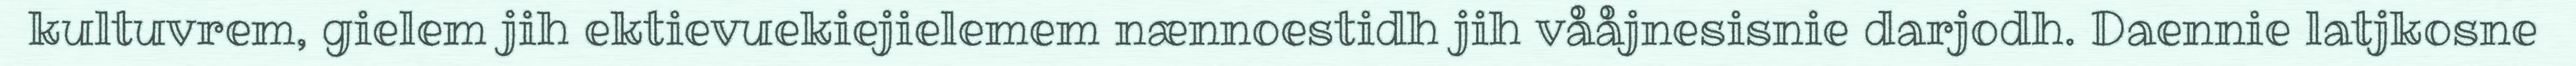
kultuvrem, gielem jih ektievuekiejielemem nænnoestidh jih vååjnesisnie darjodh. Daennie latjkosne